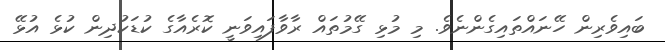
ބައިވެރިން ހޭނައްތައިގެންނެވެ. މި މުޅި ގޭމުތައް ރާވާފައިވަނީ ކޮރެއާގެ ކުޑަކުދިން ކުޅެ އުޅޭ